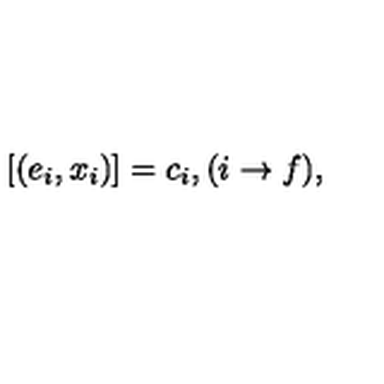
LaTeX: [ ( e _ { i } , x _ { i } ) ] = c _ { i } , ( i \rightarrow f ) ,